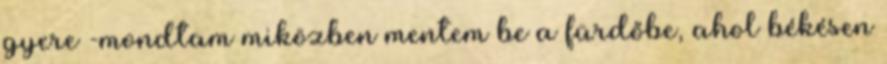
gyere -mondtam miközben mentem be a fürdőbe, ahol békésen